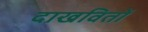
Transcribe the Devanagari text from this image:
दाखवितों